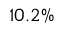
1 0 . 2 \%